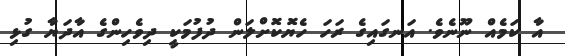
އާ ކަމެއް ނޫނެވެ. އަނގައިގެ ރަހަ ހެޔޮކޮށްލަން ދުފުމަކީ ދިވެހިންގެ އާދަޔާ ގުޅި